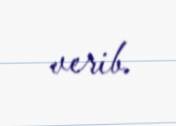
verib.